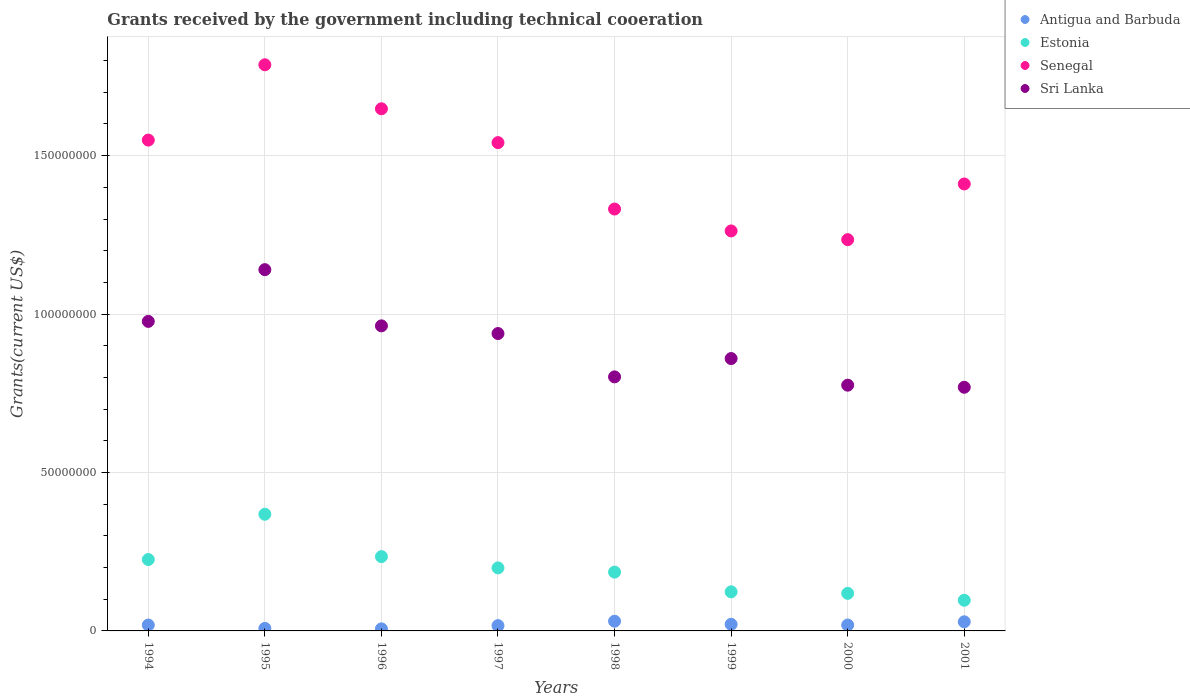
| Years | Antigua and Barbuda | Estonia | Senegal | Sri Lanka |
 | --- | --- | --- | --- | --- |
 | 1994 | 1.86e+06 | 2.25e+07 | 1.55e+08 | 9.77e+07 |
 | 1995 | 8e+05 | 3.68e+07 | 1.79e+08 | 1.14e+08 |
 | 1996 | 6.5e+05 | 2.34e+07 | 1.65e+08 | 9.63e+07 |
 | 1997 | 1.67e+06 | 1.99e+07 | 1.54e+08 | 9.39e+07 |
 | 1998 | 3.06e+06 | 1.86e+07 | 1.33e+08 | 8.02e+07 |
 | 1999 | 2.08e+06 | 1.23e+07 | 1.26e+08 | 8.6e+07 |
 | 2000 | 1.86e+06 | 1.18e+07 | 1.23e+08 | 7.76e+07 |
 | 2001 | 2.88e+06 | 9.68e+06 | 1.41e+08 | 7.69e+07 |